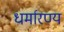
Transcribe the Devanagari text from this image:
धर्मारण्य